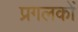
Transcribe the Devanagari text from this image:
प्रगलकों